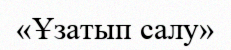
«Ұзатып салу»